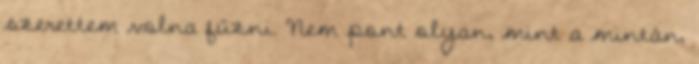
szerettem volna fűzni. Nem pont olyan, mint a mintán,